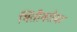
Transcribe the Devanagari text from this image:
भिंतीबरोबर